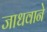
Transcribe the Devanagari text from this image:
जाधवाने